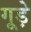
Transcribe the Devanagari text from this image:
गूड़े